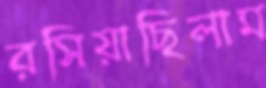
রসিয়াছিলাম